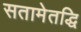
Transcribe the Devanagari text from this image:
सतामेतद्धि